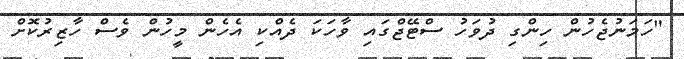
"ހަމަނުޖެހުން ހިންގި ދުވަހު ސްޓޭޖްގައި ވާހަކަ ދެއްކި އެހެން މީހުން ވެސް ހާޒިރުކޮށް